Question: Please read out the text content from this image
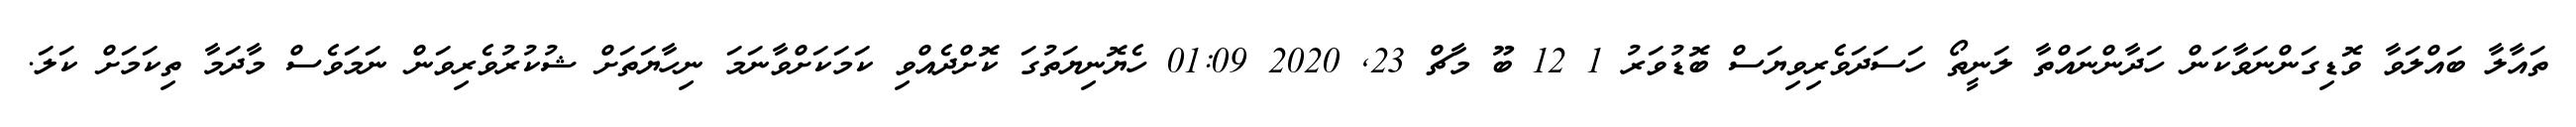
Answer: ތައާލާ ބައްލަވާ ވޮޑިގަންނަވާކަން ހަދާންނައްތާ ލަނީތޯ ހަސަދަވެރިވިޔަސް ބޮޑުވަރު 1 12 ބޫ މާޗް 23, 2020 01:09 ހެޔޮނިޔަތުގަ ކޮށްދެއްވި ކަމަކަށްވާނަމަ ނިހާޔަތަށް ޝުކުރުވެރިވަން ނަމަވެސް މާދަމާ ތިކަމަށް ކަލަ.